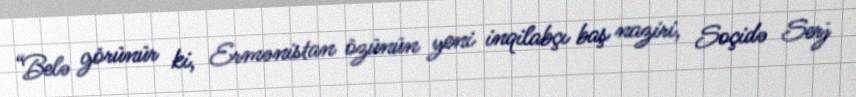
“Belə görünür ki, Ermənistan özünün yeni inqilabçı baş naziri, Soçidə Serj